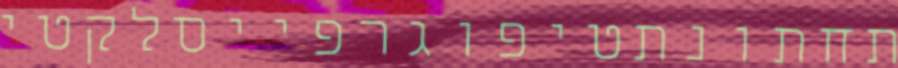
תחתונתטיפוגרפייסלקטי